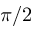
\pi / 2